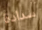
سدادة